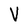
Character: V